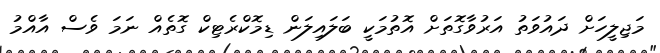
މަޖިލީހަށް ދައުވަތު އަރުވާގޮތަށް އޮތުމަކީ ބަލައިލަން ޑިމޮކްރެޓިކް ގޮތެއް ނަމަ ވެސް އާއްމު